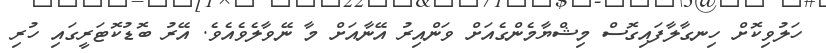
ހަލުވިކޮށް ހިނގާލާފައިގޮސް މިޝްޔާމެންގެއަށް ވަންއިރު އޭނާއަށް މާ ނޭވާލެވެއެވެ. އޭރު ބޮޑުކޮޓަރީގައި ހުރި